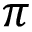
\pi